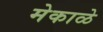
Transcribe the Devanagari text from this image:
मेकाळे